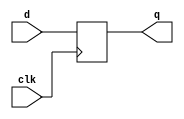
`timescale 1ns / 1ps
//////////////////////////////////////////////////////////////////////////////////
// Company: 
// Engineer: 
// 
// Design Name: 
// Module Name: SISO
// Project Name: 
// Target Devices: 
// Tool Versions: 
// Description: 
// 
// Dependencies: 
// 
// Revision:
// Revision 0.01 - File Created
// Additional Comments:
// 
//////////////////////////////////////////////////////////////////////////////////

module df(clk,d,q);
input clk;
input d;
output reg q=0;
always @(posedge clk )
begin
q<=d;
end
endmodule
module SISO(clk,d,q);
input clk;
input d;
output q;
wire q1,q2,q3;
df df0(d,clk,q1);
df df1(q1,clk,q2);
df df2(q2,clk,q3);
df df3(q3,clk,q);
endmodule